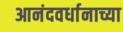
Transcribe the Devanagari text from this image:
आनंदवर्धानाच्या